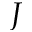
J